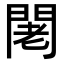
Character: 𨴛